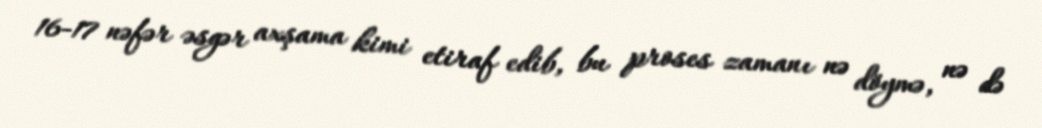
16-17 nəfər əsgər axşama kimi etiraf edib, bu proses zamanı nə döymə, nə də